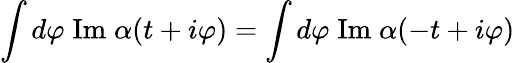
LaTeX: \int d\varphi\; \mathrm{Im}\; \alpha(t+i\varphi)=\int d\varphi\; \mathrm{Im}\; \alpha(-t+i\varphi)